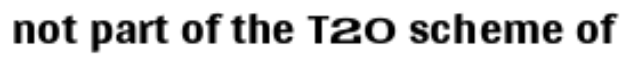
not part of the T20 scheme of